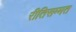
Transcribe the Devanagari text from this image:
रीतिसम्मत